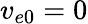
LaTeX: v_{e0}=0